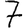
Digit: 7